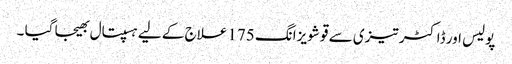
پولیس اور ڈاکٹر تیزی سے قو شویزانگ 175 علاج کے لیے ہسپتال بھیجا گیا ۔